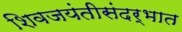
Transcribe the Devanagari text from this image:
शिवजयंतीसंदर्भात